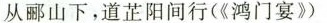
从郦山下，道芷阳间行(《鸿门宴》)